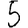
Digit: 5